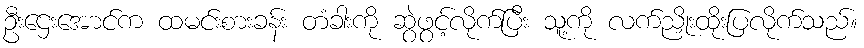
ဦးဌေးအောင်က ထမင်းစားခန်း တံခါးကို ဆွဲဖွင့်လိုက်ပြီး သူ့ကို လက်ညှိုးထိုးပြလိုက်သည်။